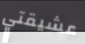
عشيقتي